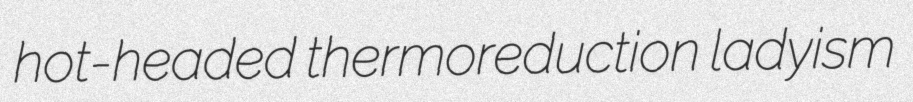
hot-headed thermoreduction ladyism